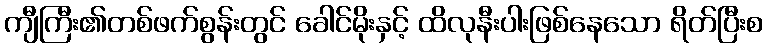
ကျီကြီး၏တစ်ဖက်စွန်းတွင် ခေါင်မိုးနှင့် ထိလုနီးပါးဖြစ်နေသော ရိတ်ပြီးစ